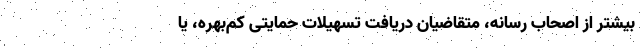
بیشتر از اصحاب رسانه، متقاضیانِ دریافت تسهیلات حمایتی کم‌بهره، یا